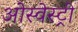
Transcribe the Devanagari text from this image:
ओस्वेस्ट्री